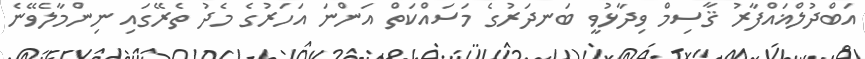
އަބްދުލްޣައްފާރު ޤާސިމް ވިދާޅުވީ ބަނދަރުގެ މަސައްކަތް އަންނަ އަހަރުގެ މެދު ތެރޭގައި ނިންމާލެވޭނެ